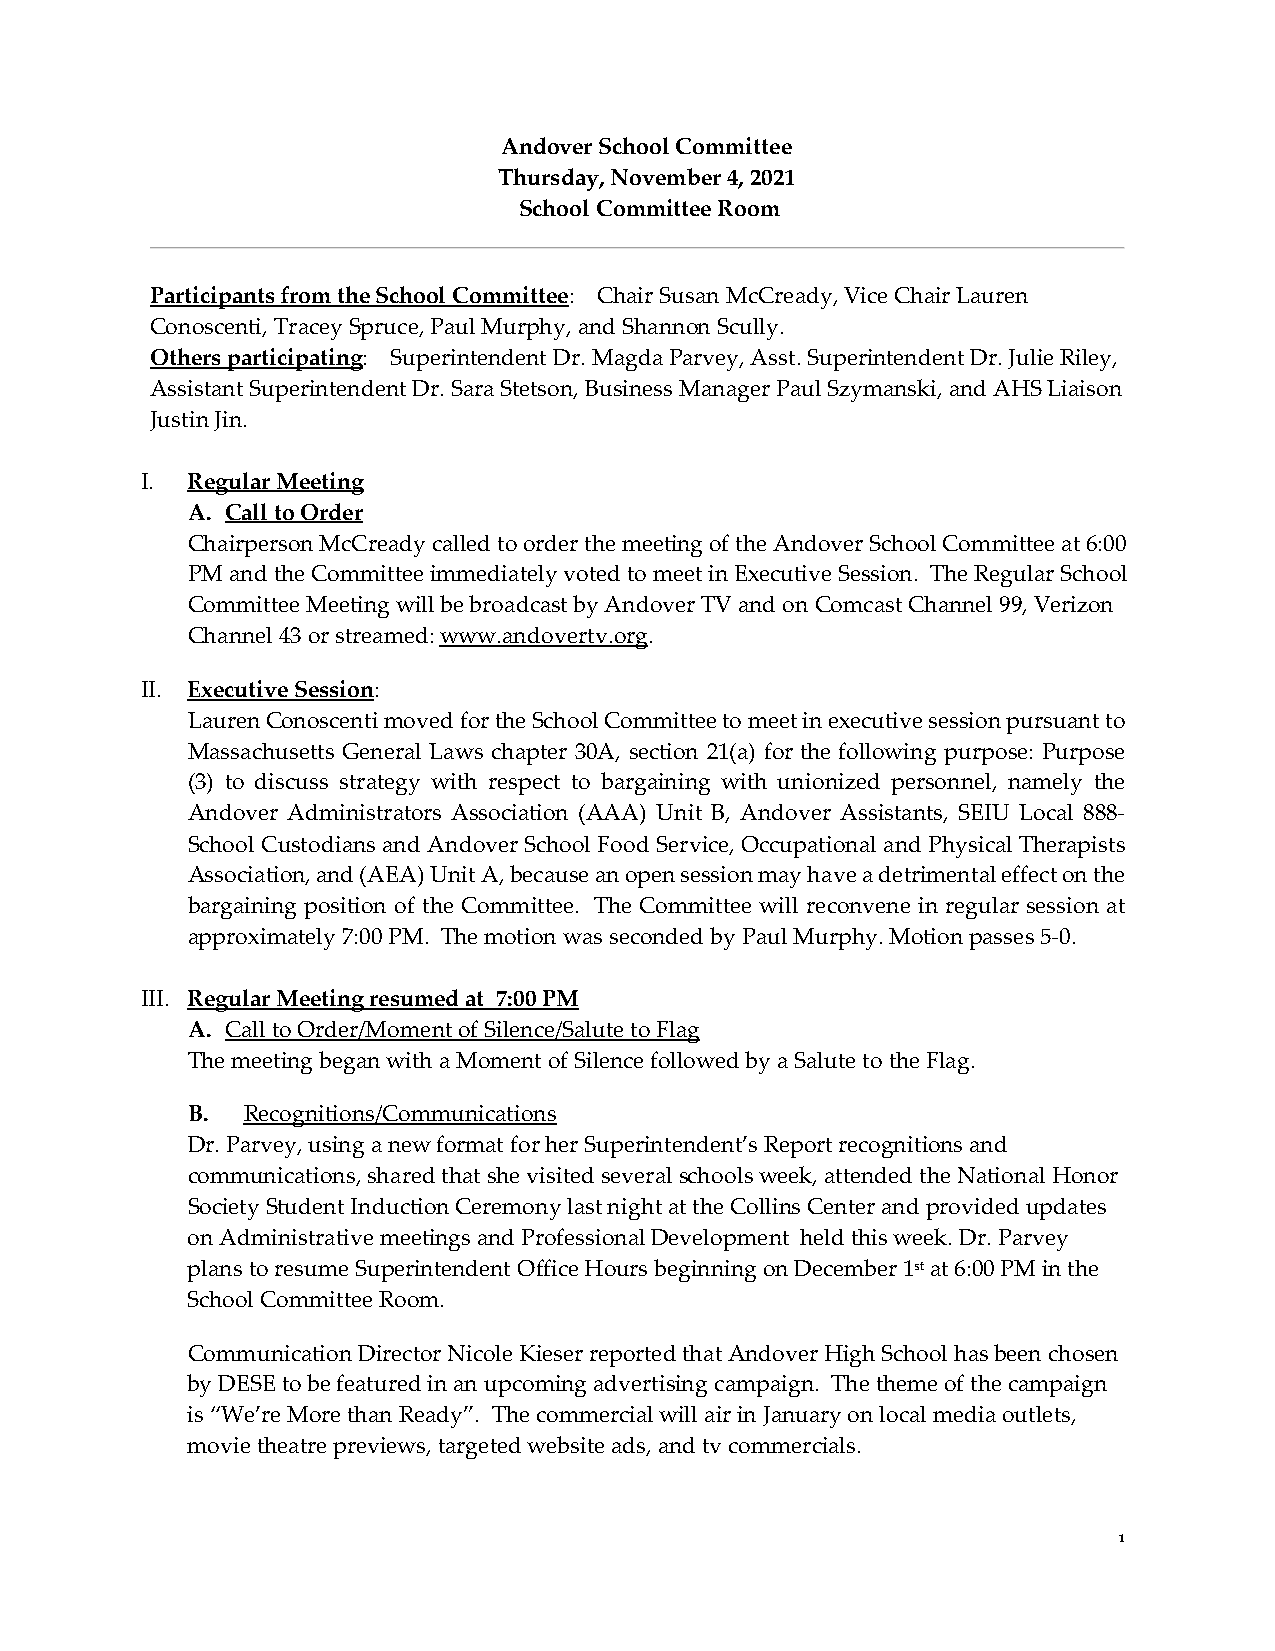
Andover School Committee
 Thursday, November 4, 2021
 School Committee Room
 Participants from the School Committee: Chair Susan McCready, Vice Chair Lauren
 Conoscenti, Tracey Spruce, Paul Murphy, and Shannon Scully.
 Others participating: Superintendent Dr. Magda Parvey, Asst. Superintendent Dr. Julie Riley,
 Assistant Superintendent Dr. Sara Stetson, Business Manager Paul Szymanski, and AHS Liaison
 Justin Jin.
 I. Regular Meeting
 A. Call to Order
 Chairperson McCready called to order the meeting of the Andover School Committee at 6:00
 PM and the Committee immediately voted to meet in Executive Session. The Regular School
 Committee Meeting will be broadcast by Andover TV and on Comcast Channel 99, Verizon
 Channel 43 or streamed: www.andovertv.org.
 II. Executive Session:
 Lauren Conoscenti moved for the School Committee to meet in executive session pursuant to
 Massachusetts General Laws chapter 30A, section 21(a) for the following purpose: Purpose
 (3) to discuss strategy with respect to bargaining with unionized personnel, namely the
 Andover Administrators Association (AAA) Unit B, Andover Assistants, SEIU Local 888-
 School Custodians and Andover School Food Service, Occupational and Physical Therapists
 Association, and (AEA) Unit A, because an open session may have a detrimental effect on the
 bargaining position of the Committee. The Committee will reconvene in regular session at
 approximately 7:00 PM. The motion was seconded by Paul Murphy. Motion passes 5-0.
 III. Regular Meeting resumed at 7:00 PM
 A. Call to Order/Moment of Silence/Salute to Flag
 The meeting began with a Moment of Silence followed by a Salute to the Flag.
 B.  Recognitions/Communications
 Dr. Parvey, using a new format for her Superintendent’s Report recognitions and
 communications, shared that she visited several schools week, attended the National Honor
 Society Student Induction Ceremony last night at the Collins Center and provided updates
 on Administrative meetings and Professional Development held this week. Dr. Parvey
 plans to resume Superintendent Office Hours beginning on December 1st at 6:00 PM in the
 School Committee Room.
 Communication Director Nicole Kieser reported that Andover High School has been chosen
 by DESE to be featured in an upcoming advertising campaign. The theme of the campaign
 is “We’re More than Ready”. The commercial will air in January on local media outlets,
 movie theatre previews, targeted website ads, and tv commercials.
 1